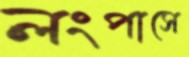
লংপাসে